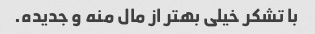
با تشکر خیلی بهتر از مال منه و جدیده.